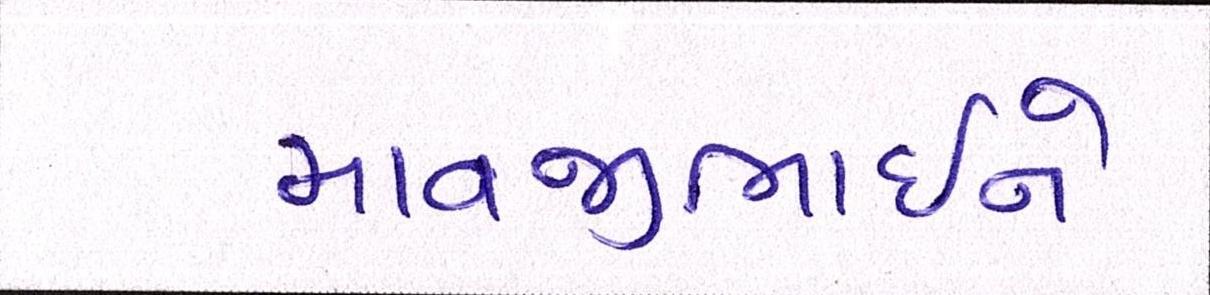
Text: માવજીભાઇને